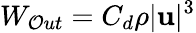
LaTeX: W_{\mathcal{O}ut}=C_{d}\rho|\mathbf{{u}}|^{3}